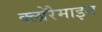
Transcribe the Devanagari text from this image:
क्लोरैमाइन